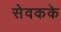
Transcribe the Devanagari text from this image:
सेवकके